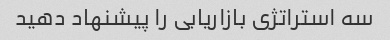
سه استراتژی بازاریابی را پیشنهاد دهید